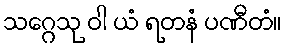
သဂ္ဂေသု ဝါ ယံ ရတနံ ပဏီတံ။